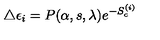
\triangle \epsilon _ { i } = P ( \alpha , s , \lambda ) e ^ { - S _ { c } ^ { ( i ) } }